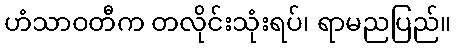
ဟံသာဝတီက တလိုင်းသုံးရပ်၊ ရာမညပြည်။